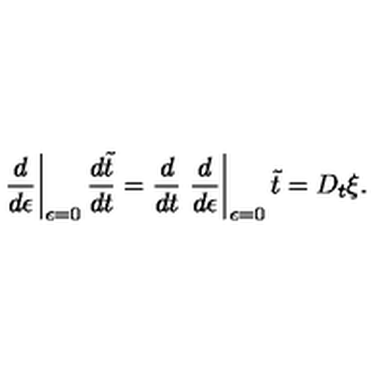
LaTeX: \left. \frac { d } { d \epsilon } \right| _ { \epsilon = 0 } \frac { d \tilde { t } } { d t } = \frac { d } { d t } \left. \frac { d } { d \epsilon } \right| _ { \epsilon = 0 } \tilde { t } = D _ { t } \xi .